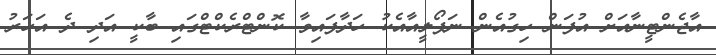
އާޖެންޓީނާއަށް އުފަން ހިގުއެން ނަޕޯލީއާއެކު ހަދާފައިވާ ކޮންޓްރެކްޓްގައި ބާކީ އަދި ދެ އަހަރު